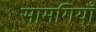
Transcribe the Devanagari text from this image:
सामगियाँ